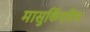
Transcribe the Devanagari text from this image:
मासुर्किएविच